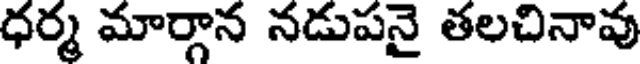
ధర్మ మార్గాన నడుపనై తలచినావు